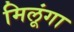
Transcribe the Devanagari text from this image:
मिलूंगा